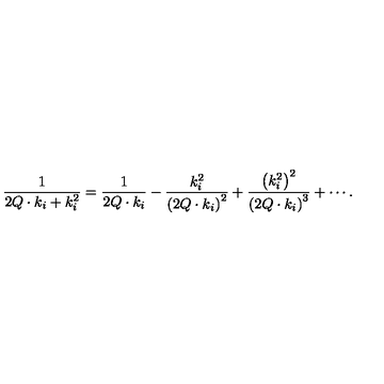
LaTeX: \frac { 1 } { 2 Q \cdot k _ { i } + k _ { i } ^ { 2 } } = \frac { 1 } { 2 Q \cdot k _ { i } } - \frac { k _ { i } ^ { 2 } } { \left( 2 Q \cdot k _ { i } \right) ^ { 2 } } + \frac { \left( k _ { i } ^ { 2 } \right) ^ { 2 } } { \left( 2 Q \cdot k _ { i } \right) ^ { 3 } } + \cdots .